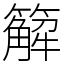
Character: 䉏